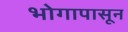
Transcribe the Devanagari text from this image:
भोगापासून